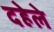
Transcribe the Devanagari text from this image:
दहेले